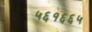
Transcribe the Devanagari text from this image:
५६१६६५